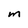
Character: M